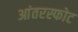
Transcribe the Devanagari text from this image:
आंतरस्फोट